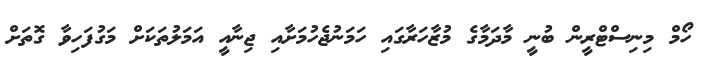
ހޯމް މިނިސްޓްރީން ބުނީ މާދަމާގެ މުޒާހަރާގައި ހަމަނުޖެހުމަށާއި ޖިނާއީ އަމަލުތަކަށް މަގުފަހިވާ ގޮތަށް